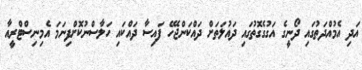
އަދި އެމުއްދަތުގައި ދޯނީގެ އަގުގެގޮތުގައި ދައުލަތަށް ދައްކަންޖެހޭ ފައިސާ ދައްކައި ހަލާސްނުކޮށްފިނަމަ އެމިނިސްޓްރީއާ